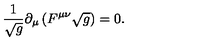
{ \frac { 1 } { \sqrt g } } \partial _ { \mu } \left( F ^ { \mu \nu } \sqrt { g } \right) = 0 .